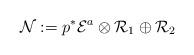
LaTeX: \begin{align*}\mathcal{N}:= p^{\ast}\mathcal{E}^{a}\otimes \mathcal{R}_1\oplus \mathcal{R}_2\end{align*}